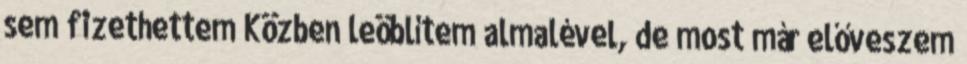
sem fizethettem Közben leöblítem almalével, de most már előveszem